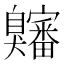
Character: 𫇍